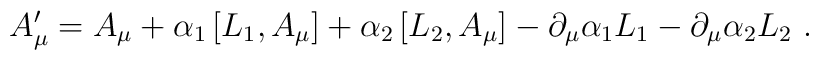
A^{\prime}_{\mu}=A_{\mu}                +\alpha_1\left[L_1,A_{\mu}\right]                +\alpha_2\left[L_2,A_{\mu}\right]                -\partial_{\mu}\alpha_1 L_1                -\partial_{\mu}\alpha_2 L_2      \ .